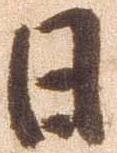
日